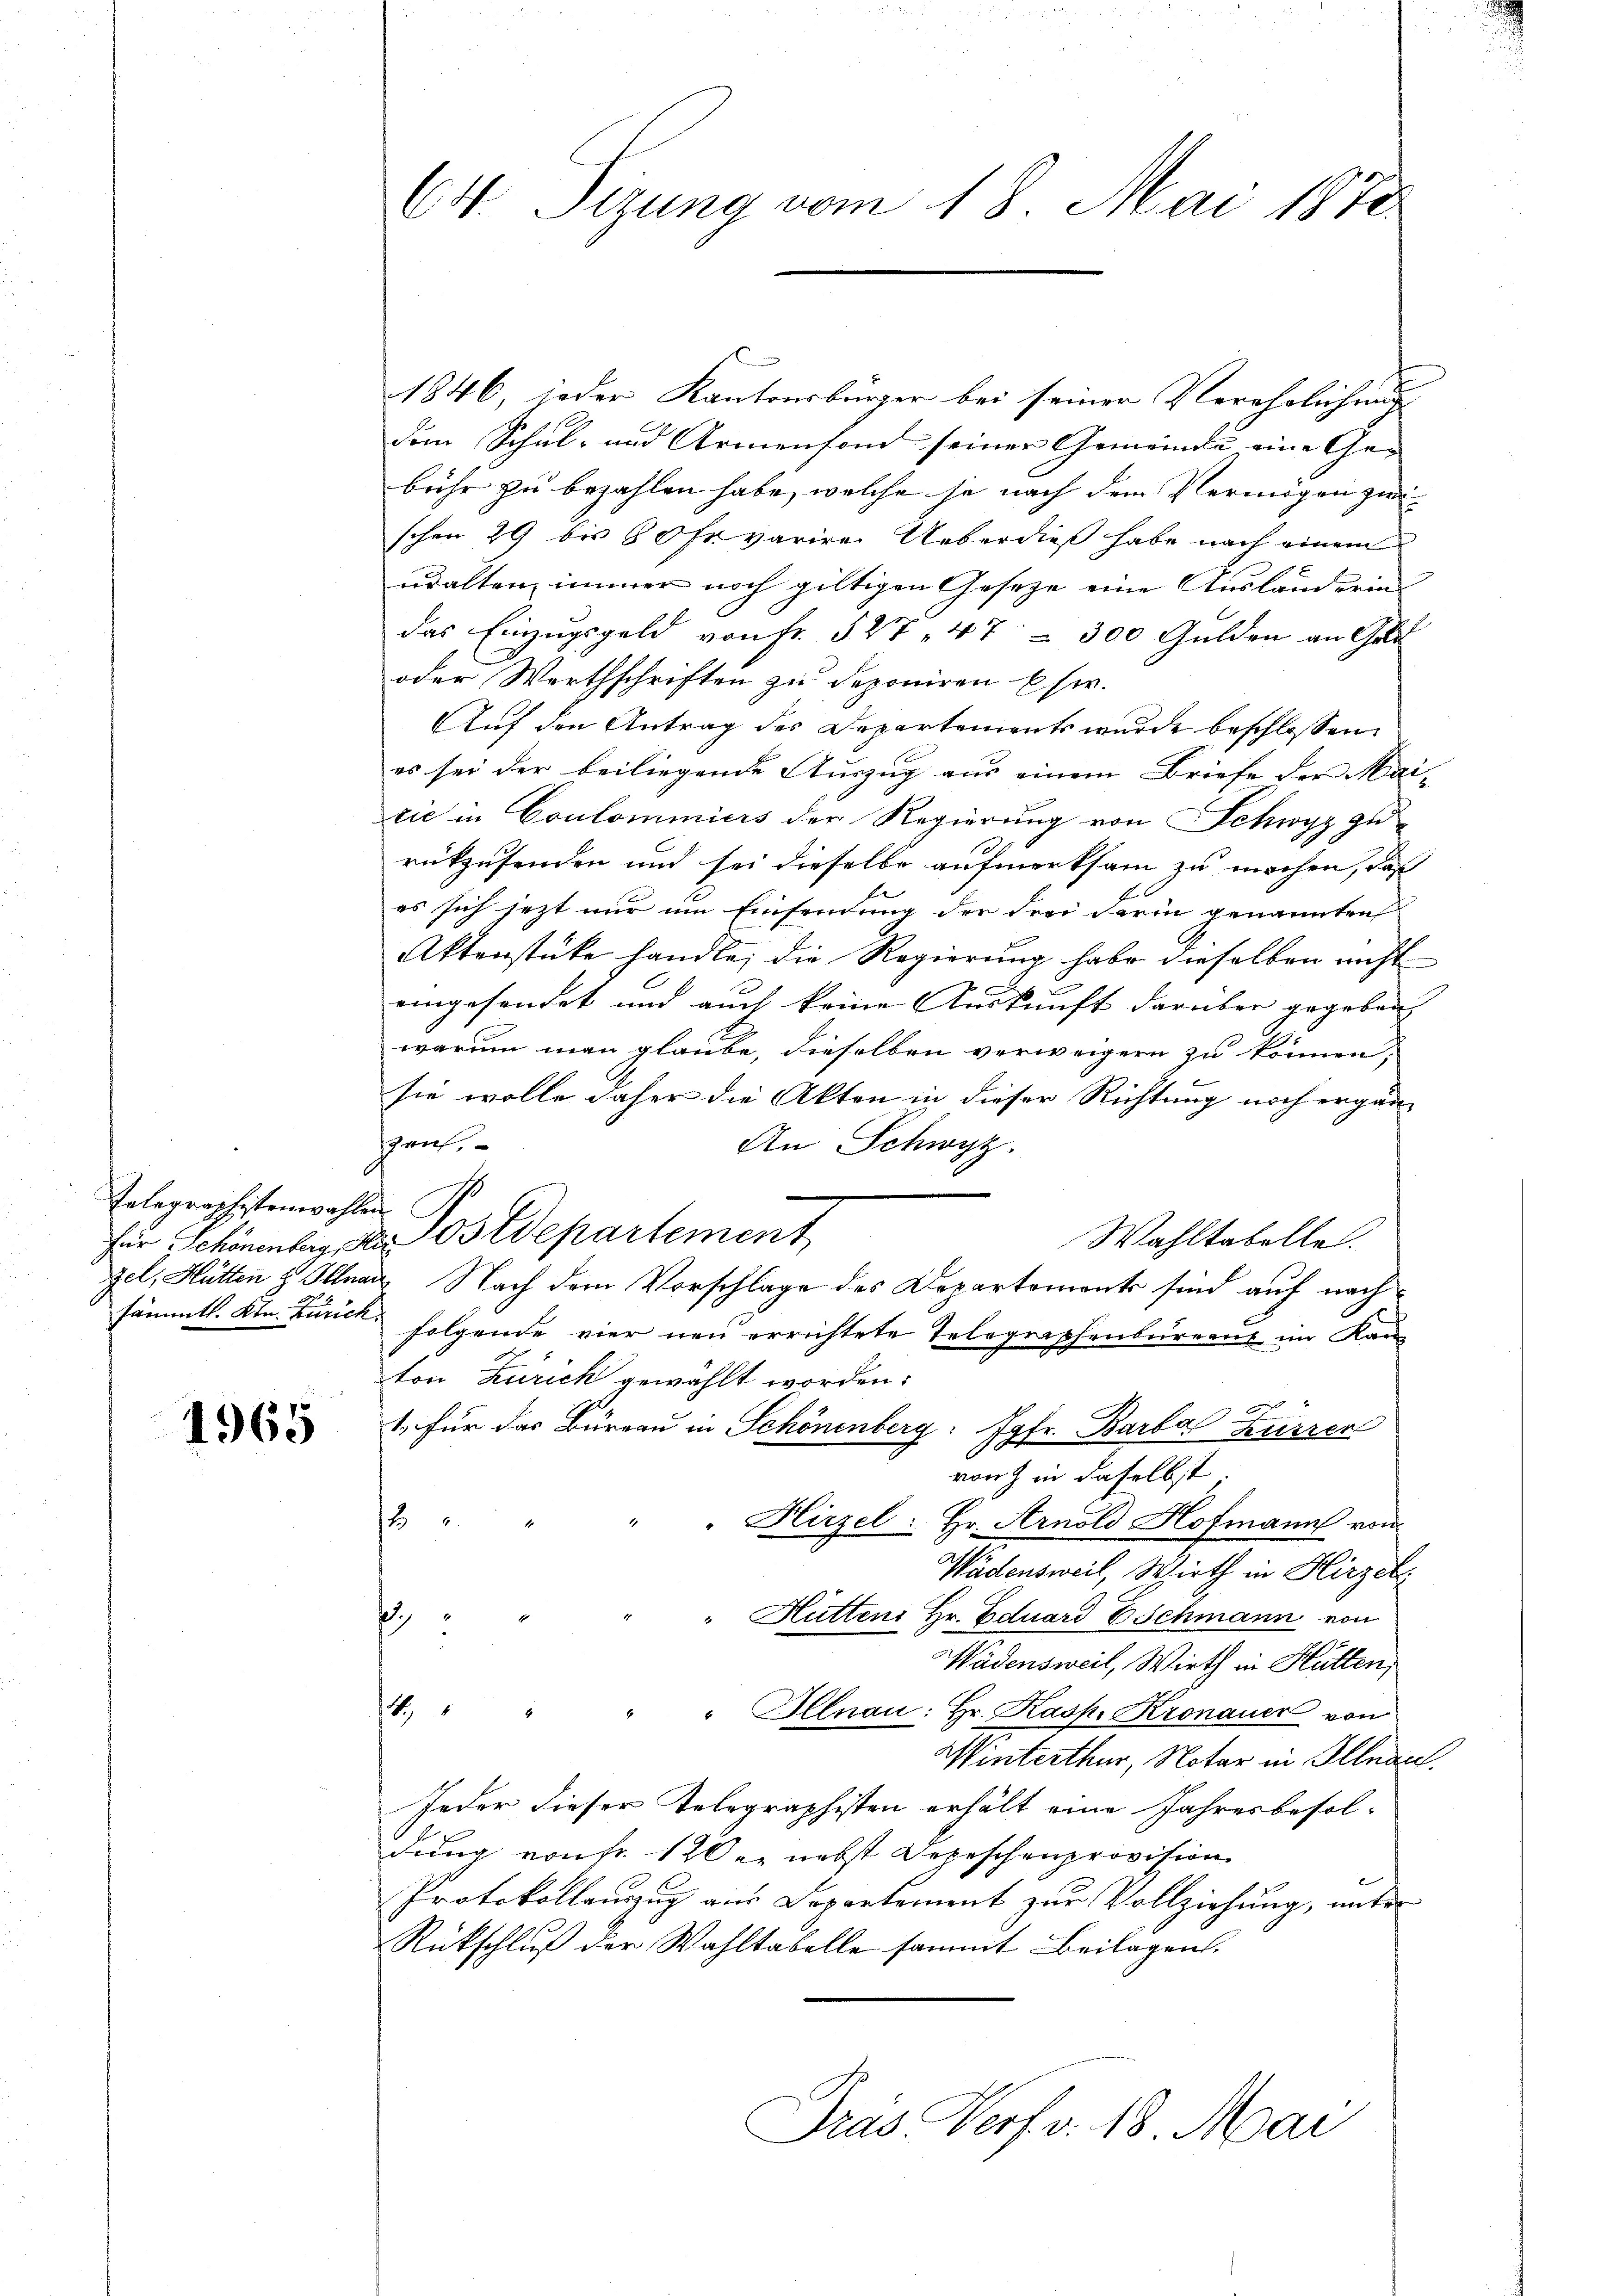
Telegraphistenwahle
für Schönenberg, S.
zel, Hütten & Illna
sämmtl. Ktn. Zürich

1965

64. Sizung vom 18. Mai 1872

1846, jeder Kantonsbürger bei seiner Verehrlichung
dem Schul- und Armenfond seiner Gemeinde eine Ge- |
bühr zu bezahlen habe, welche je nach dem Vermögen zu
schon 29 bis 80 fr varire Ueberdieß habe nach einem
ubalten immer noch giltigen Gesetze eine Ausländerung
das Einzugsgeld von Fr. 527, 47 - 300 Gulden an Geld
oder Werthschriften zu deponiren Ehe.
Auf den Antrag des Departements wurde beschlossen:
es sei der beiliegende Auszug aus einem Briefe der Mai- |
rie in Coulommiers der Regierung von Schwyz zu
rükzusenden und sei dieselbe aufmerksam zu machen, daß
es sich jetzt nur um Einsendung der drei darin genannten
Aktenstücke handle, die Regierung habe dieselben nicht
eingesendet und auch keine Auskunft darüber gegeben |
warum man glaube, dieselben verweigern zu können,
sie wolle daher die Akten in dieser Richtung noch ergänsauf
An Schwyz.
.
 Postdepartement
Wahltabelle.
 Nach dem Vorschlage des Departement sind auf nach
folgende vier neu errichtete Telegraphenbureaus im Kan
ton Zürich gewählt worden:
1. für das Büreau in Schönenberg: Jgfr. Barbar Kurren
E
von in daselbst

Hirzel: Hr. Arnold Hofmann von
Wädensweil, Wirth in Hirzel
" Hütten Hr. Eduard E. Schmann von
1
Wädensweil, Wirth in Hütten,
8.) " " " " Illnau: Hr. Kasp. Kronauer von
Winterthur, Notar in Illnau.
Jeder dieser Telegraphisten erhält eine Jahresbesol-
dung von Fr. 120 er nebst Depeschenprovision
Protokollenzug aus Departement zur Vollziehung, unter
Rückschluß der Wahltabelle sammt Beilagen.
Dras Verf. v. 18 Mai